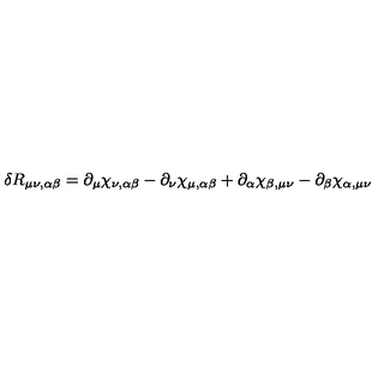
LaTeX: \delta R _ { \mu \nu , \alpha \beta } = \partial _ { \mu } \chi _ { \nu , \alpha \beta } - \partial _ { \nu } \chi _ { \mu , \alpha \beta } + \partial _ { \alpha } \chi _ { \beta , \mu \nu } - \partial _ { \beta } \chi _ { \alpha , \mu \nu }